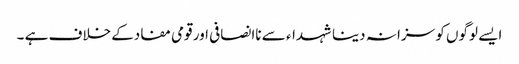
ایسے لوگوں کو سزا نہ دینا شہداء سے ناانصافی اور قومی مفادکے خلاف ہے ۔